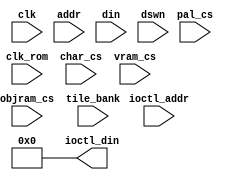
/*  This file is part of JTCORES.
    JTCORES program is free software: you can redistribute it and/or modify
    it under the terms of the GNU General Public License as published by
    the Free Software Foundation, either version 3 of the License, or
    (at your option) any later version.

    JTCORES program is distributed in the hope that it will be useful,
    but WITHOUT ANY WARRANTY; without even the implied warranty of
    MERCHANTABILITY or FITNESS FOR A PARTICULAR PURPOSE.  See the
    GNU General Public License for more details.

    You should have received a copy of the GNU General Public License
    along with JTCORES.  If not, see <http://www.gnu.org/licenses/>.

    Author: Jose Tejada Gomez. Twitter: @topapate
    Version: 1.0
    Date: 30-6-2021 */

module jts16_shadow #(parameter VRAMW=14) (
    input             clk,
    input             clk_rom,

    // Capture SDRAM bank 0 inputs
    input   [VRAMW:1] addr,
    input             char_cs,    //  4k
    input             vram_cs,    // 32k
    input             pal_cs,     //  4k
    input             objram_cs,  //  2k
    input      [15:0] din,
    input      [ 1:0] dswn,  // write mask -active low

    input      [ 5:0] tile_bank,

    // Let data be dumped via NVRAM interface
    input      [16:0] ioctl_addr,
    output     [ 7:0] ioctl_din
);

`ifndef MISTER
    assign ioctl_din = 0;
`else

wire [15:0] vram_dout, char_dout, pal_dout, objram_dout;
reg  [15:0] dout, dout_latch;

wire [ 1:0] vram_we   = vram_cs   ? ~dswn : 2'b0;
wire [ 1:0] char_we   = char_cs   ? ~dswn : 2'b0;
wire [ 1:0] pal_we    = pal_cs    ? ~dswn : 2'b0;
wire [ 1:0] objram_we = objram_cs ? ~dswn : 2'b0;

assign ioctl_din = ~ioctl_addr[0] ? dout_latch[15:8] : dout_latch[7:0];

always @(*) begin
    if( VRAMW==14 ) begin
        casez( ioctl_addr[15:11] )
            5'b0???_?: dout = vram_dout;
            5'b1000_?: dout = char_dout;
            5'b1001_?: dout = pal_dout;
            5'b1010_0: dout = objram_dout;
            default:   dout = 16'hffff;
        endcase
    end else begin
        dout = vram_dout;
        if( ioctl_addr[16] ) begin
            casez( ioctl_addr[15:12] )
                4'b0000: dout = char_dout;    // 4kB
                4'b0001: dout = pal_dout;     // 4kB
                4'b0010:
                    dout = ioctl_addr[11] ? {2'd0, tile_bank} : objram_dout;  // 2kB
                default: dout = 16'hffff;
            endcase
        end
    end
end

always @(posedge clk_rom) begin
    if( ioctl_addr[0] )
        dout_latch <= dout;
end

jtframe_dual_ram16 #(.AW(VRAMW)) u_vram(
    .clk0       ( clk       ),
    .clk1       ( clk_rom   ),
    // CPU writes
    .data0      ( din       ),
    .addr0      ( addr      ),
    .we0        ( vram_we   ),
    .q0         (           ),
    // hps_io reads
    .data1      (           ),
    .addr1      ( ioctl_addr[VRAMW:1] ),
    .we1        ( 2'b0      ),
    .q1         ( vram_dout )
);

jtframe_dual_ram16 #(.AW(11)) u_char(
    .clk0       ( clk       ),
    .clk1       ( clk_rom   ),
    // CPU writes
    .data0      ( din       ),
    .addr0      ( addr[11:1]),
    .we0        ( char_we   ),
    .q0         (           ),
    // hps_io reads
    .data1      (           ),
    .addr1      ( ioctl_addr[11:1] ),
    .we1        ( 2'b0      ),
    .q1         ( char_dout )
);

jtframe_dual_ram16 #(.AW(11)) u_pal(
    .clk0       ( clk       ),
    .clk1       ( clk_rom   ),
    // CPU writes
    .data0      ( din       ),
    .addr0      ( addr[11:1]),
    .we0        ( pal_we    ),
    .q0         (           ),
    // hps_io reads
    .data1      (           ),
    .addr1      ( ioctl_addr[11:1] ),
    .we1        ( 2'b0      ),
    .q1         ( pal_dout )
);

jtframe_dual_ram16 #(.AW(10)) u_objram(
    .clk0       ( clk       ),
    .clk1       ( clk_rom   ),
    // CPU writes
    .data0      ( din       ),
    .addr0      ( addr[10:1]),
    .we0        ( objram_we ),
    .q0         (           ),
    // hps_io reads
    .data1      (           ),
    .addr1      ( ioctl_addr[10:1] ),
    .we1        ( 2'b0      ),
    .q1         ( objram_dout )
);

`endif
endmodule